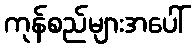
ကုန်စည်များအပေါ်